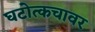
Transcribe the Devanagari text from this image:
घटोत्कचावर